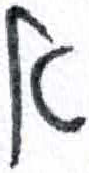
אות: א